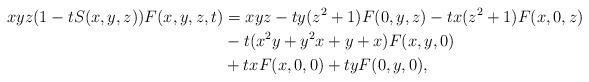
\begin{align*} xyz(1-tS(x,y,z))F(x,y,z,t) &= xyz - t y(z^2+1) F(0,y,z) - t x(z^2+1) F(x,0,z)\\&- t(x^2y+y^2x+y+x)F(x,y,0) \\& + txF(x,0,0) + tyF(0,y,0),\end{align*}